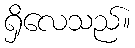
ရှိလေသည်။